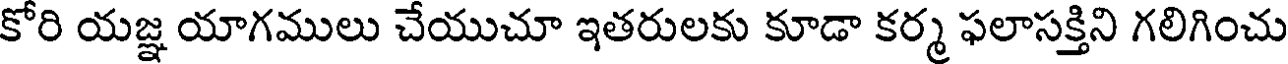
కోరి యజ్ఞ యాగములు చేయుచూ ఇతరులకు కూడా కర్మ ఫలాసక్తిని గలిగించు